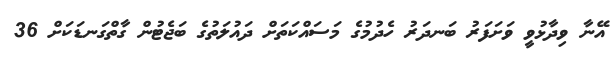
އޭނާ ވިދާޅުވީ ވަށަފަރު ބަނދަރު ހެދުމުގެ މަސައްކަތަށް ދައުލަތުގެ ބަޖެޓުން ގާތްގަނޑަކަށް 36